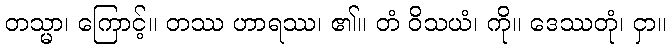
တသ္မာ၊ ကြောင့်။ တဿ ဟာရဿ၊ ၏။ တံ ဝိသယံ၊ ကို။ ဒေဿတုံ၊ ငှာ။